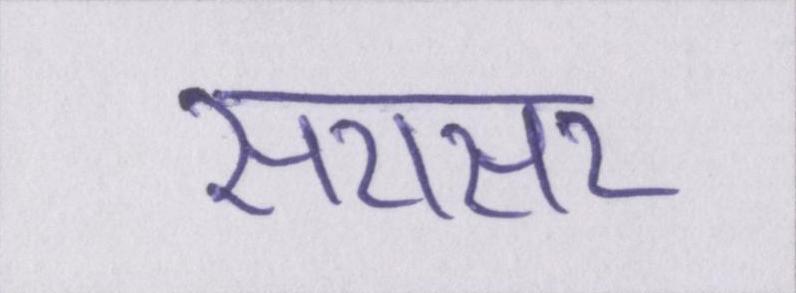
सरासर